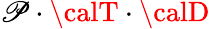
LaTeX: {\cal\mathscr{P}}\cdot{\calT}\cdot{\calD}